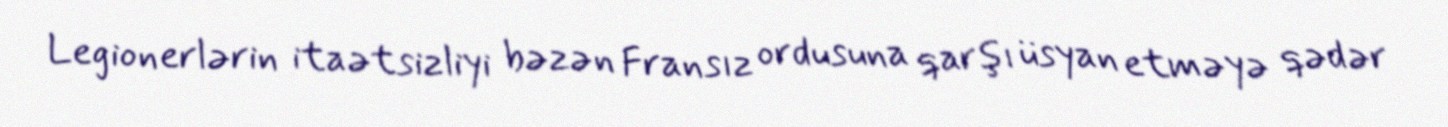
Legionerlərin itaətsizliyi bəzən Fransız ordusuna qarşı üsyan etməyə qədər